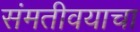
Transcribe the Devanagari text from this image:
संमतीवयाचा